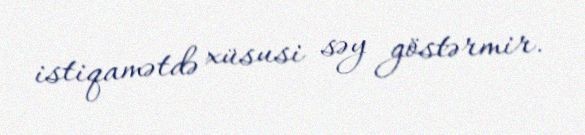
istiqamətdə xüsusi səy göstərmir.